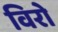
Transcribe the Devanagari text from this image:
विरो